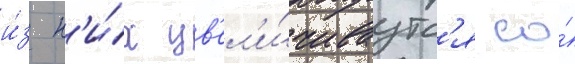
и́з н'и́х ув'ел'и́чиваутс'я со́